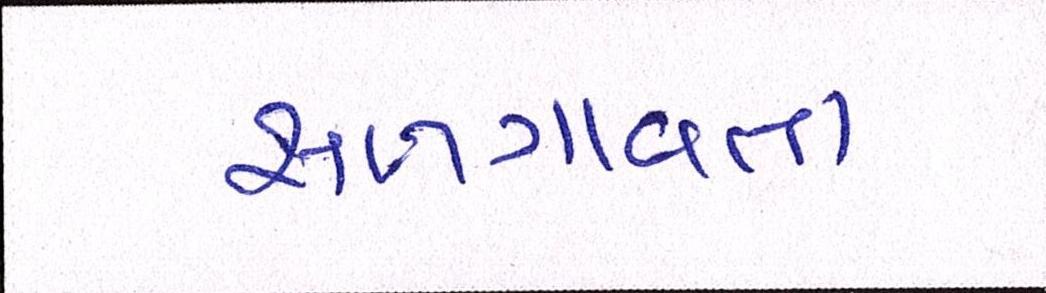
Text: સળગાવતા